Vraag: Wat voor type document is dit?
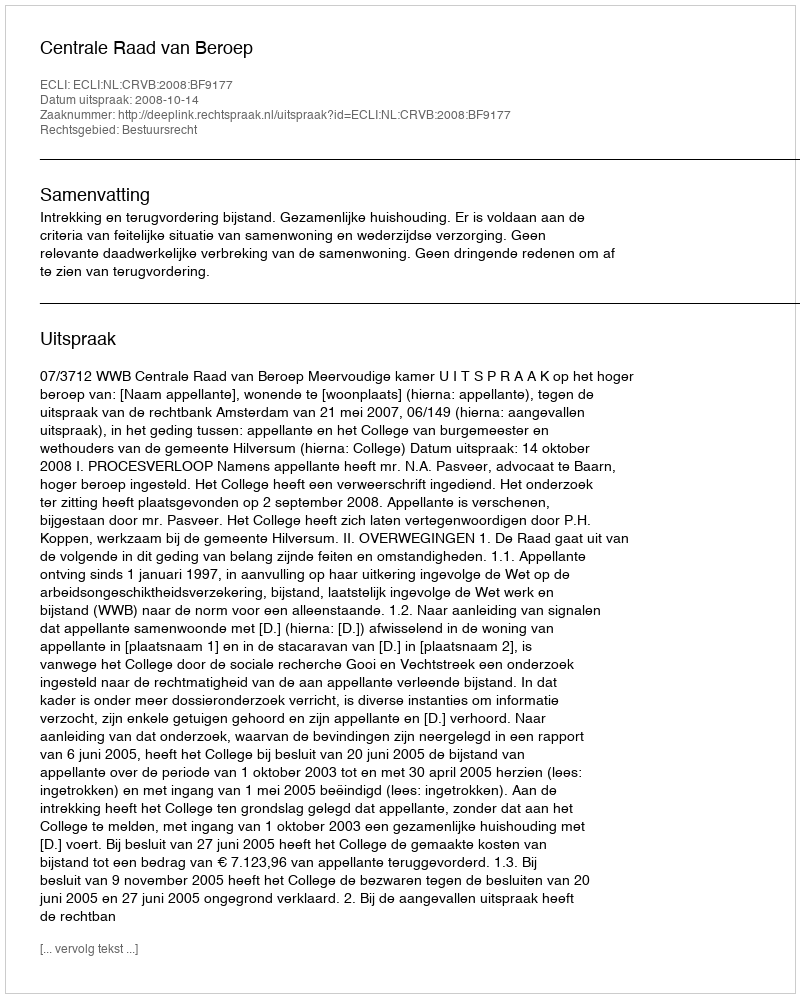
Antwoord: Uitspraak